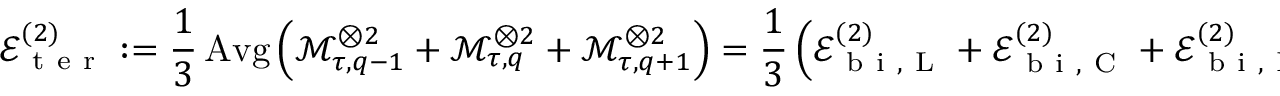
\mathcal { E } _ { \mathrm { ~ t ~ e ~ r ~ } } ^ { ( 2 ) } : = \frac { 1 } { 3 } \operatorname { A v g } \left( \mathcal { M } _ { \tau , q - 1 } ^ { \otimes 2 } + \mathcal { M } _ { \tau , q } ^ { \otimes 2 } + \mathcal { M } _ { \tau , q + 1 } ^ { \otimes 2 } \right) = \frac { 1 } { 3 } \left( \mathcal { E } _ { \mathrm { ~ b ~ i ~ } , \mathrm { ~ L ~ } } ^ { ( 2 ) } + \mathcal { E } _ { \mathrm { ~ b ~ i ~ } , \mathrm { ~ C ~ } } ^ { ( 2 ) } + \mathcal { E } _ { \mathrm { ~ b ~ i ~ } , \mathrm { ~ R ~ } } ^ { ( 2 ) } \right) .